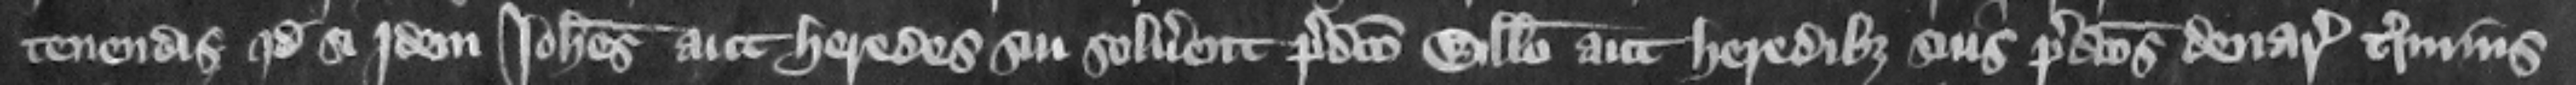
tenendis quod si jdem Iohannes aut heredes sui soluerent predicto Willelmo aut heredibus suis predictos denarios terminis